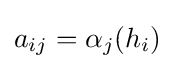
a_{ij}=\alpha _{j}(h_{i})